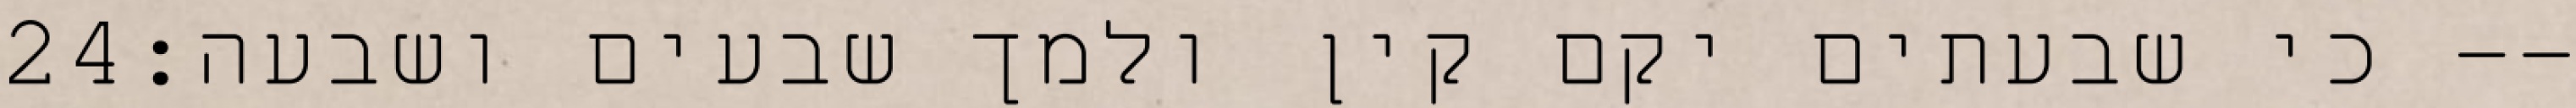
‎24‏ כי שבעתים יקם קין ולמך שבעים ושבעה׃--